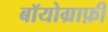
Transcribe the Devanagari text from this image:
बॉयोग्राफ़ी